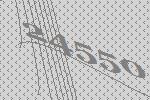
24550